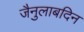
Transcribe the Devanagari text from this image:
जैनुलाबदिन